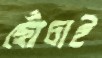
ছোঁচাই